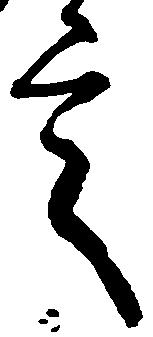
言